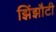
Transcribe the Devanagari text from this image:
झिंझौटी